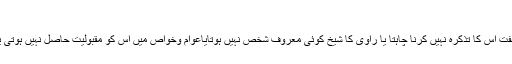
تدلیس کا سبب:
تدلیس کا سبب کبھی یہ ہوتاہے کہ شیخ کے صغیر السن ہونے کی وجہ سے راوی ازراہ خفت اس کا تذکرہ نہیں کرنا چاہتا یا راوی کا شیخ کوئی معروف شخص نہیں ہوتایاعوام وخواص میں اس کو مقبولیت حاصل نہیں ہوتی یا پھر مجروح ضعیف ہوتاہے لہذا شیخ کے نام کو ذکر کرنے سے پہلو تہی کی جاتی ہے۔